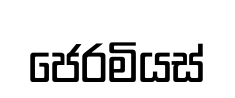
ජෙරමියස්